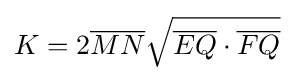
K=2{\overline {MN}}{\sqrt {{\overline {EQ}}\cdot {\overline {FQ}}}}